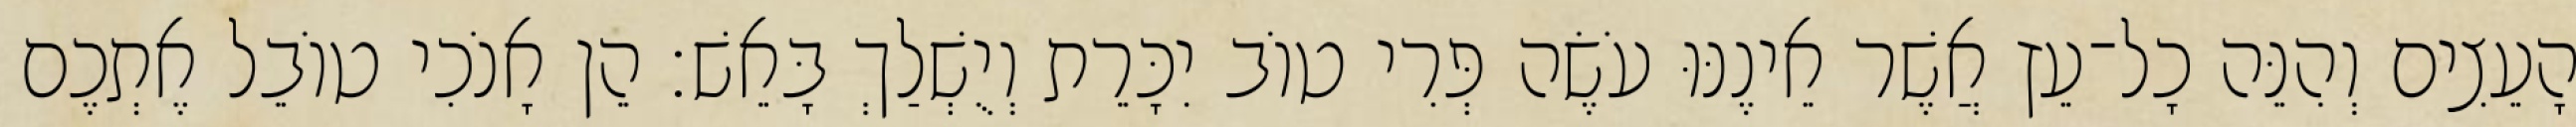
הָעֵצִים וְהִנֵּה כָל־עֵץ אֲשֶׁר אֵינֶנּוּ עֹשֶׂה פְּרִי טוֹב יִכָּרֵת וְיֻשְׁלַךְ בָּאֵשׁ׃ הֵן אָנֹכִי טוֹבֵל אֶתְכֶם